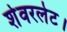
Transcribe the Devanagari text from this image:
शेवरलेट।